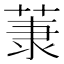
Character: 𫈤